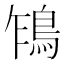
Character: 𩿞